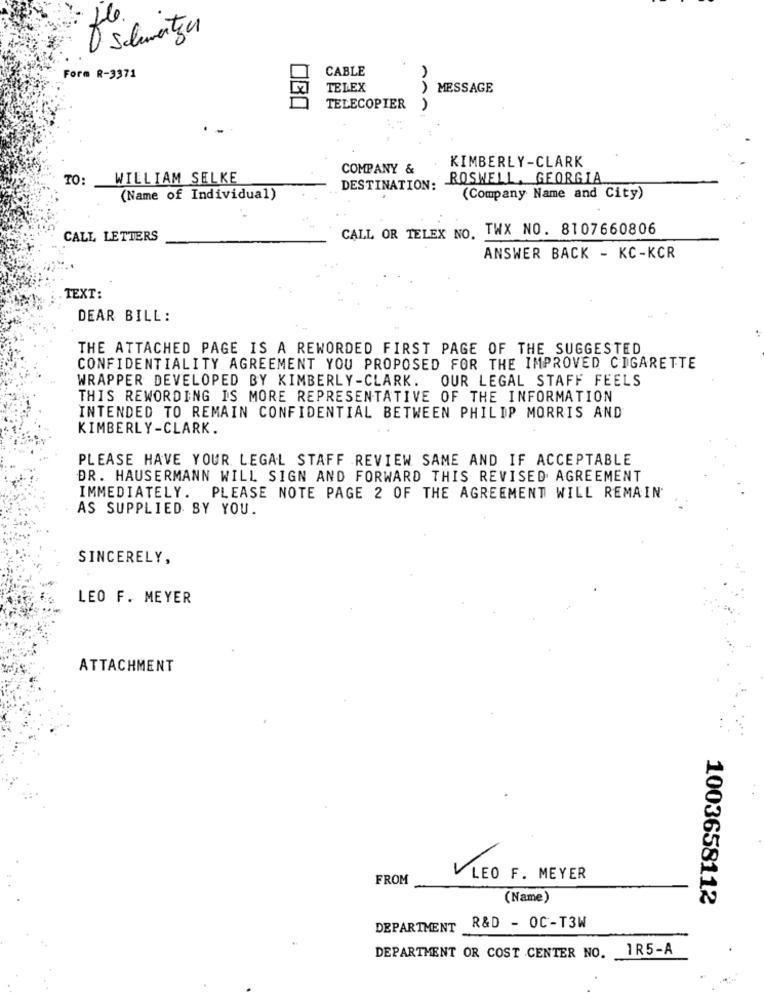
CABLE
Form R-3371
TELEX
) MESSAGE
TELECOPIER
KIMBERLY-CLARK
COMPANY &
TO:
WILLIAM SELKE
. ROSWELL, GEORGIA
DESTINATION:
(Name of Individual)
(Company Name and City)
CALL OR TELEX NO. TWX NO. 8107660806
CALL LETTERS
ANSWER BACK - KC-KCR
TEXT:
DEAR BILL:
THE ATTACHED PAGE IS A REWORDED FIRST PAGE OF THE SUGGESTED
CONFIDENTIALITY AGREEMENT YOU PROPOSED FOR THE IMPROVED CIGARETTE
WRAPPER DEVELOPED BY KIMBERLY-CLARK. OUR LEGAL STAFF FEELS
THIS REWORDING IS MORE REPRESENTATIVE OF THE INFORMATION
INTENDED TO REMAIN CONFIDENTIAL BETWEEN PHILIP MORRIS AND
KIMBERLY-CLARK.
PLEASE HAVE YOUR LEGAL STAFF REVIEW SAME AND IF ACCEPTABLE
DR. HAUSERMANN WILL SIGN AND FORWARD THIS REVISED AGREEMENT
IMMEDIATELY. PLEASE NOTE PAGE 2 OF THE AGREEMENT WILL REMAIN
AS SUPPLIED BY YOU.
SINCERELY,
LEO F. MEYER
ATTACHMENT
FROM
V LEO F. MEYER
(Name)
1003658112
DEPARTMENT R&D - OC-T3W
1R5-A
DEPARTMENT OR COST CENTER NO.